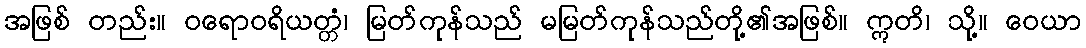
အဖြစ် တည်း။ ဝရောဝရိယတ္တံ၊ မြတ်ကုန်သည် မမြတ်ကုန်သည်တို့၏အဖြစ်။ ဣတိ၊ သို့။ ဝေယာ